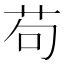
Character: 苟